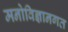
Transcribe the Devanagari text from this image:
मनोविज्ञानगत